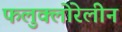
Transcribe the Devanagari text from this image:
फलुक्‍लोरेलीन